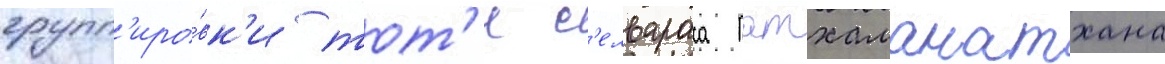
групп'иро́вк'и тот'и с'елвараса патхаманатхана